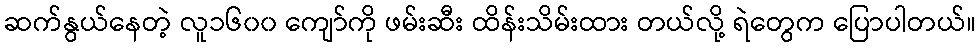
ဆက်နွယ်နေတဲ့ လူ၁၆၀၀ ကျော်ကို ဖမ်းဆီး ထိန်းသိမ်းထား တယ်လို့ ရဲတွေက ပြောပါတယ်။